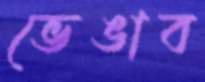
ভেঙাব